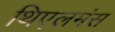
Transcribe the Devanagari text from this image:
थिएलमंस